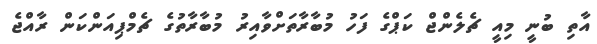
އާތި ބުނީ މިއީ ޗެލެންޖް ކަޕްގެ ފަހު މުބާރާތަށްވާއިރު މުބާރާތުގެ ޗެމްޕިއަންކަން ރާއްޖެ